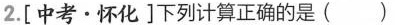
2.[中考\cdot 怀化]下列计算正确的是（）